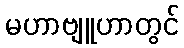
မဟာဗျူဟာတွင်